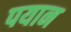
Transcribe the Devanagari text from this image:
पयान